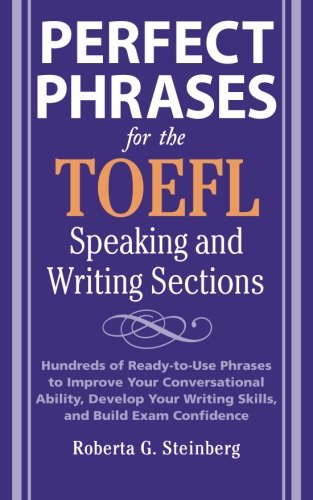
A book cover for Perfect Phrases for the TOEFL Speaking and Writing Sections (Perfect Phrases Series); Roberta Steinberg; Test Preparation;